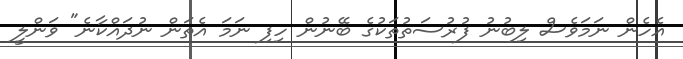
އެހެން ނަމަވެސް ލިބުނު ފުރުސަތުތަކުގެ ބޭނުން ހިފި ނަމަ އެތަން ނުދައްކާނެ" ވަންލީ